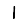
Digit: 1